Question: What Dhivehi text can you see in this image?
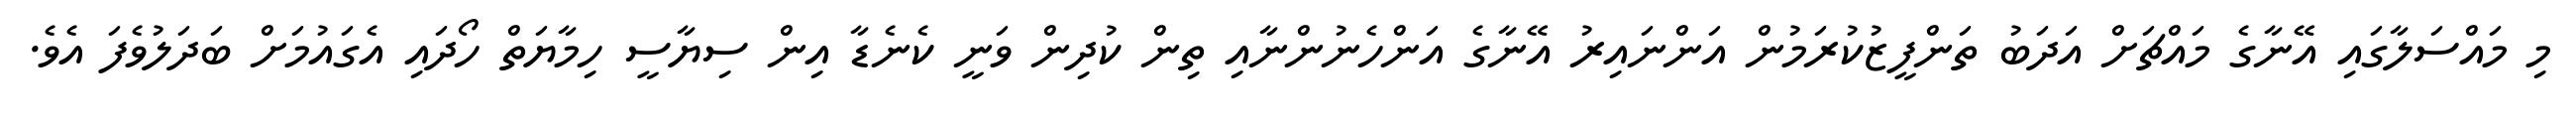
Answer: މި މައްސަލާގައި އޭނާގެ މައްޗަށް އަދަބު ތަންފީޒުކުރަމުން އަންނައިރު އޭނާގެ އަންހެނުންނާއި ތިން ކުދިން ވަނީ ކެނެޑާ އިން ސިޔާސީ ހިމާޔަތް ހޯދައި އެގައުމަށް ބަދަލުވެފަ އެވެ.